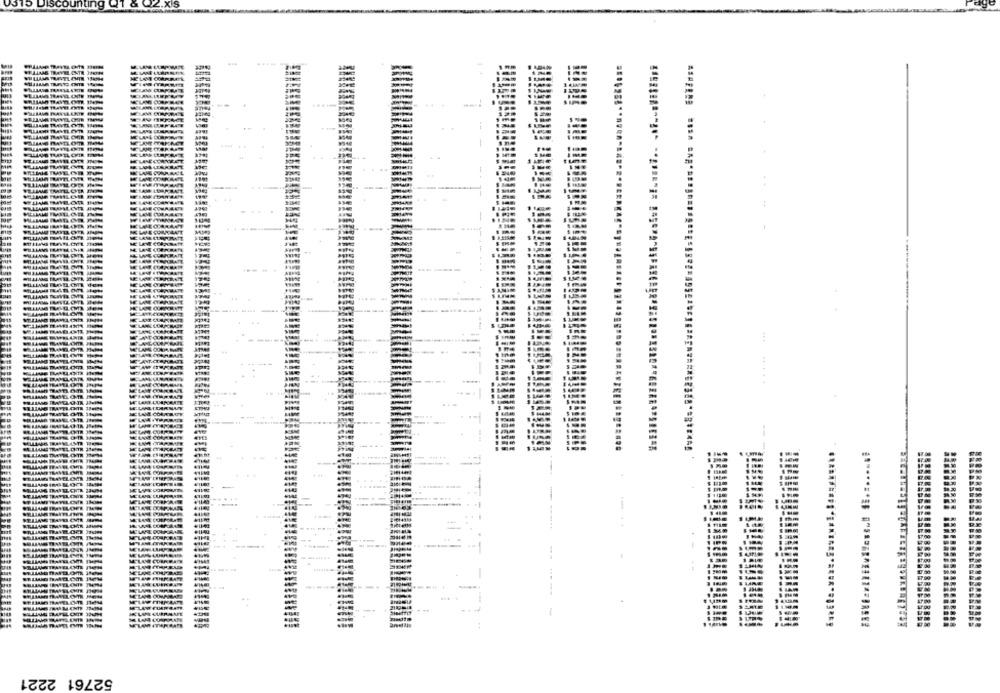
WELLLAAG TRAVEL ONT
OH LLAMA TRAVEL CHI
MILALAME TRAL
.....
52761 2221